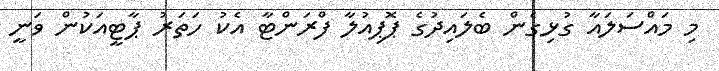
މި މައްސަލައާ ގުޅިގެން ބެލައިދުގެ ޕޮޕިއުލާ ފްރަންޓާ އެކު ހަތަރު ޕާޓީއަކުން ވަނީ